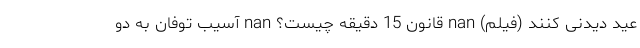
عید دیدنی کنند (فیلم) nan قانون 15 دقیقه چیست؟ nan آسیب توفان به دو